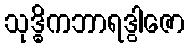
သုဒ္ဓိကဘာရဒွါဇော